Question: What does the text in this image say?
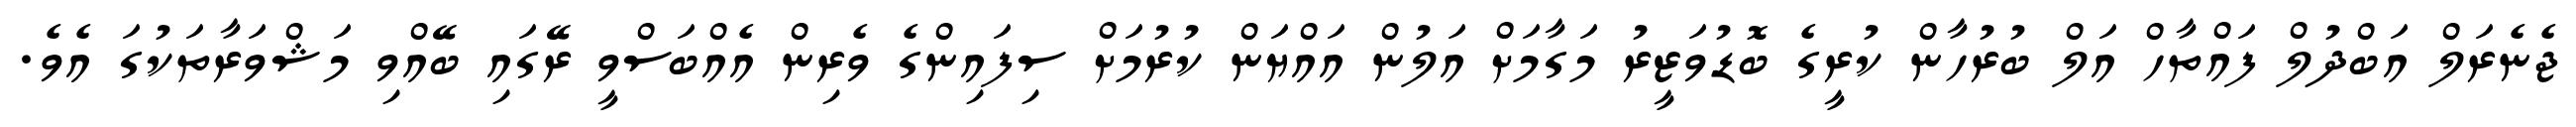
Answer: ޖެނެރަލް އަބްދުލް ފައްތާހް އަލް ބުރުހާން ކުރީގެ ބޮޑުވަޒީރު މަގާމަށް އަލުން އައްޔަން ކުރުމަށް ސިފައިންގެ ވެރިން އެއްބަސްވީ ރޭގައި ބޭއްވި މަޝްވަރާތަކުގަ އެވެ.